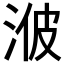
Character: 𱦧